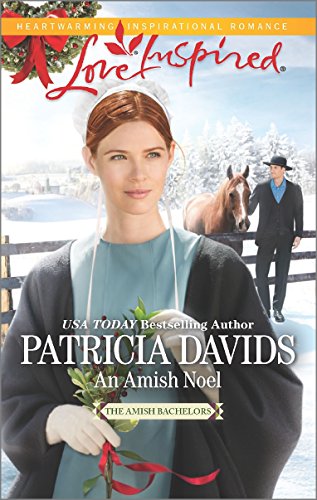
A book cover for An Amish Noel (The Amish Bachelors); Patricia Davids; Romance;